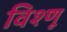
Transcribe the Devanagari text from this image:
विश्णू